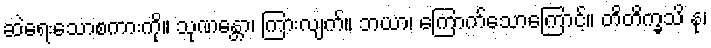
ဆဲရေးသောစကားကို။ သုဏန္တော၊ ကြားလျက်။ ဘယာ၊ ကြောက်သောကြောင့်။ တိတိက္ခသိ နု၊